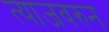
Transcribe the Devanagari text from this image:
त्याजवरुन